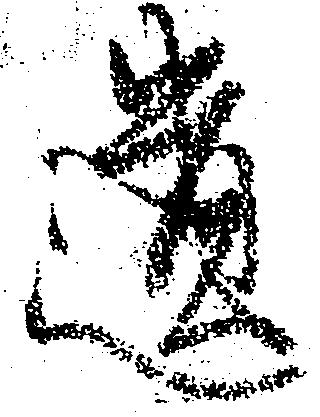
遺